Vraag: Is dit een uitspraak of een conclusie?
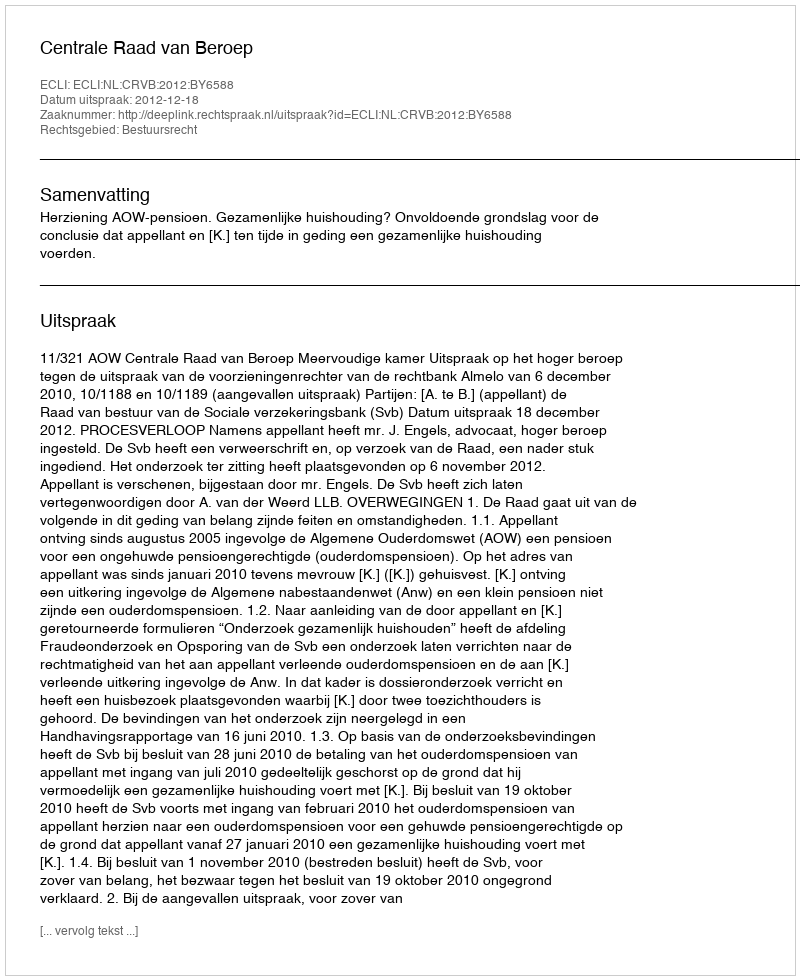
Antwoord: Uitspraak